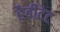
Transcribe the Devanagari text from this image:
हैबीटेट